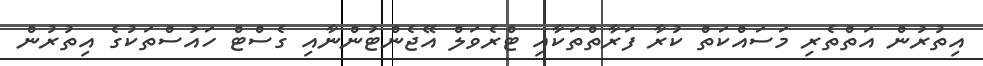
އިތުރުން އަތްތެރި މަސައްކަތް ކުރާ ފަރާތްތަކާއި ޓްރެވަލް އޭޖެންޓުންނާއި ގެސްޓް ހައުސްތަކުގެ އިތުރުން